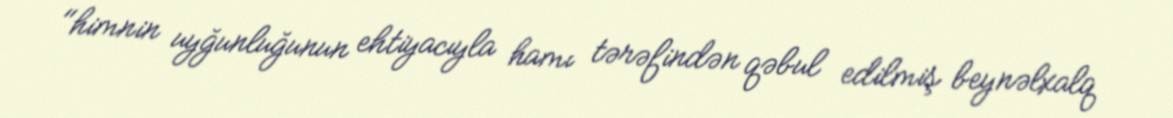
"himnin uyğunluğunun ehtiyacıyla hamı tərəfindən qəbul edilmiş beynəlxalq